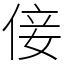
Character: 倿